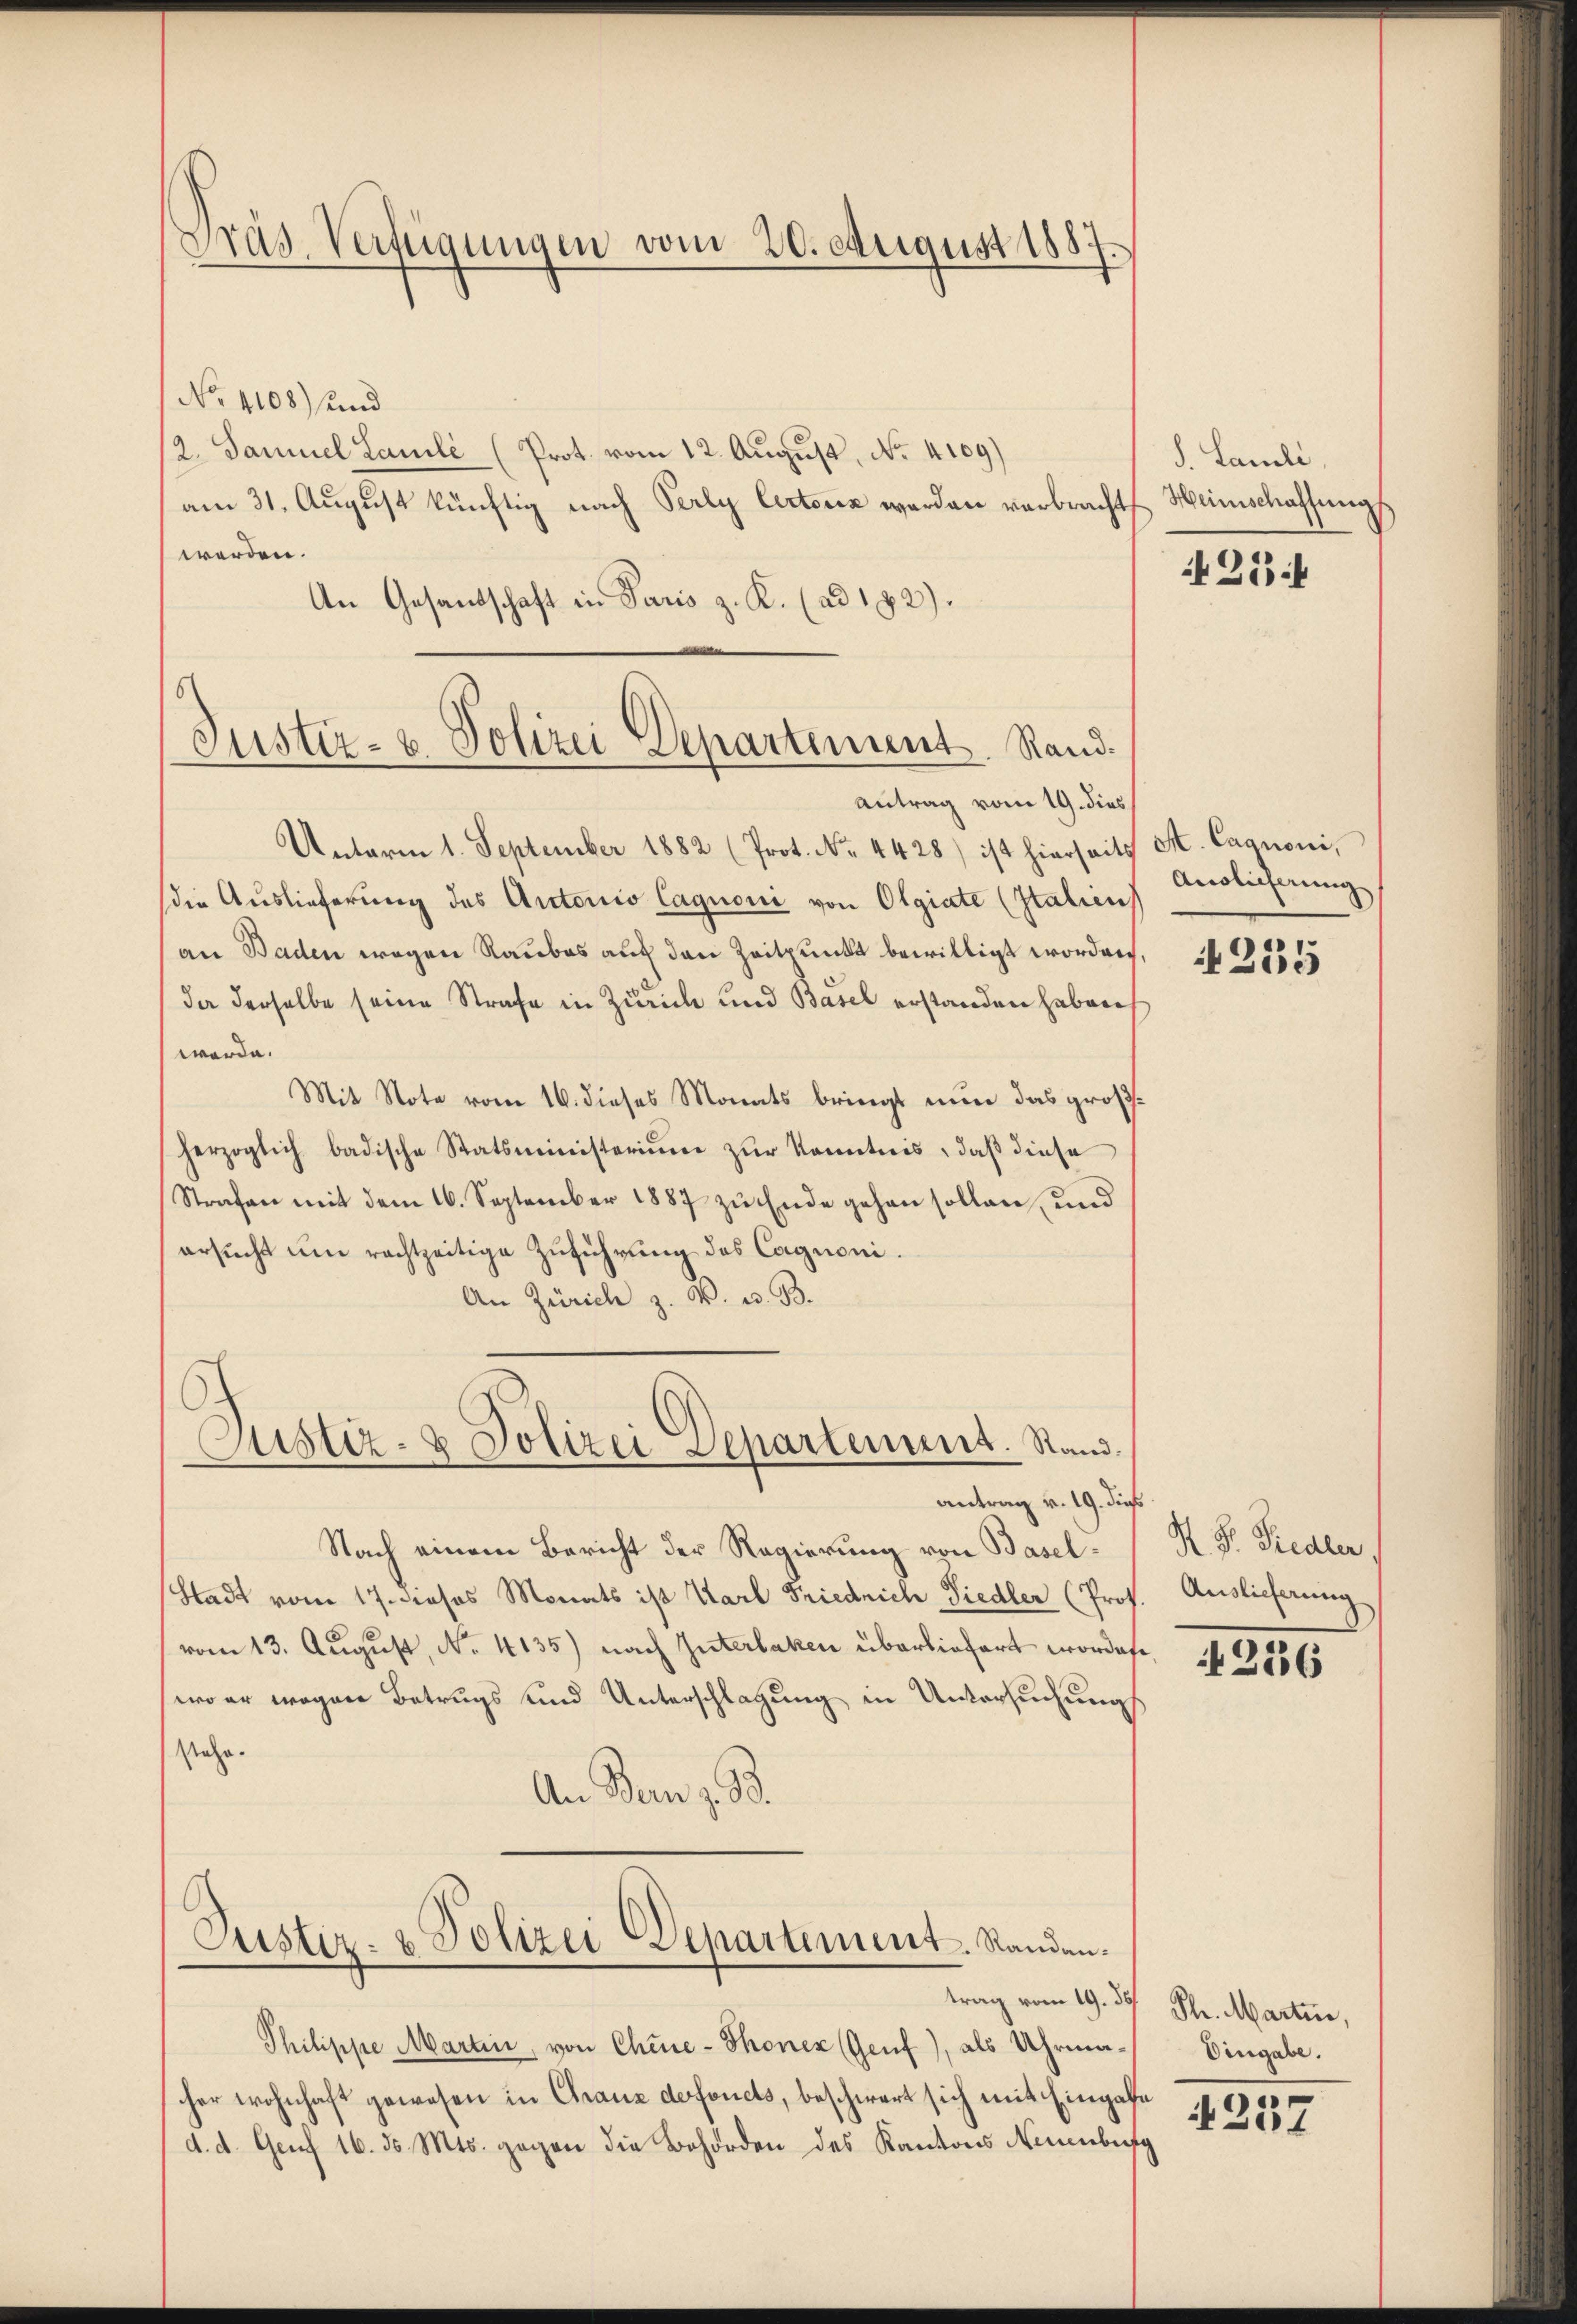
Gras Verfügungen vom 20. August 1887

No 4108) und
12. Samuel Lauilé (Prot. vom 12. August, No. 4109)
am 31. August künftig nach Perly Certoriz werden verbracht Heinschaffungs
werden.
An Gesandschaft in Paris z. K. (ad 192).

Justiz- & Polizei Departement. Rand.

Justiz- & Polizei Departement. Rand.
antrag v. 19. dies

Antrag vom 19. dies
Unterm 1. September 1882 (Prot. No. 4428) ist hierseits St. Cagnoni,

Justiz- & Polizei Departement. Randan¬

trag vom 19. 35

die Auslieferung des Autorio Caguoni von Olgiate (Italien
an Baden wegen Raubes auf den Zeitpunkt bewilligt worden.
da derselbe seine Strafe in Zürich und Basel erstanden haben,
werde.
Mit Note vom 16. dieses Monats bringt nun das großherzoglich badische Statsministerium zur Kenntnis, daß diese
Strafen mit dem 16. September 1887 zu Ende gehen sollen und
ersucht um rechtzeitige Zuführung des Cagnoni¬
An Zürich z. V. u. B.

Nach einem Bericht der Regierung von Basel¬
Stadt vom 17. dieses Monats ist Karl Friedrich Siedler (Prot
(vom 13. August, No. 4135) nach Güterlaken überliefert wordete,
wo er wegen Betrugs und Unterschlagung in Untersuchung
stehe.
An Den 7. 38.

Philippe Martin, von Chine-Thonen (Genf), als Uhrmacher wohnhaft gewesen in Grauz defoncts, beschwert sich mit Eingabe
d. d. Genf 16. d. Mts. gegen die Behörden des Kantons Neuenburg

d. Laueli,

254

Auslieferung

1235

H. Dr. Siedler.
Auslicherung

236

Ph. Martin,
Uingabe.
257